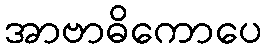
အာဗာဓိကောပေ